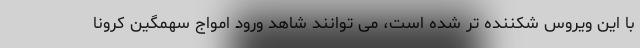
با این ویروس شکننده تر شده است، می توانند شاهد ورود امواج سهمگین کرونا